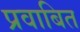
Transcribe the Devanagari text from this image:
प्रवाबित